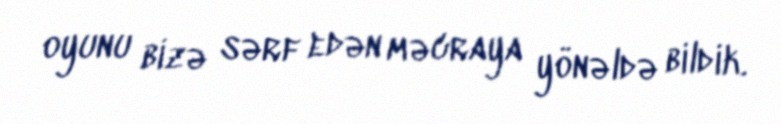
oyunu bizə sərf edən məcraya yönəldə bildik.